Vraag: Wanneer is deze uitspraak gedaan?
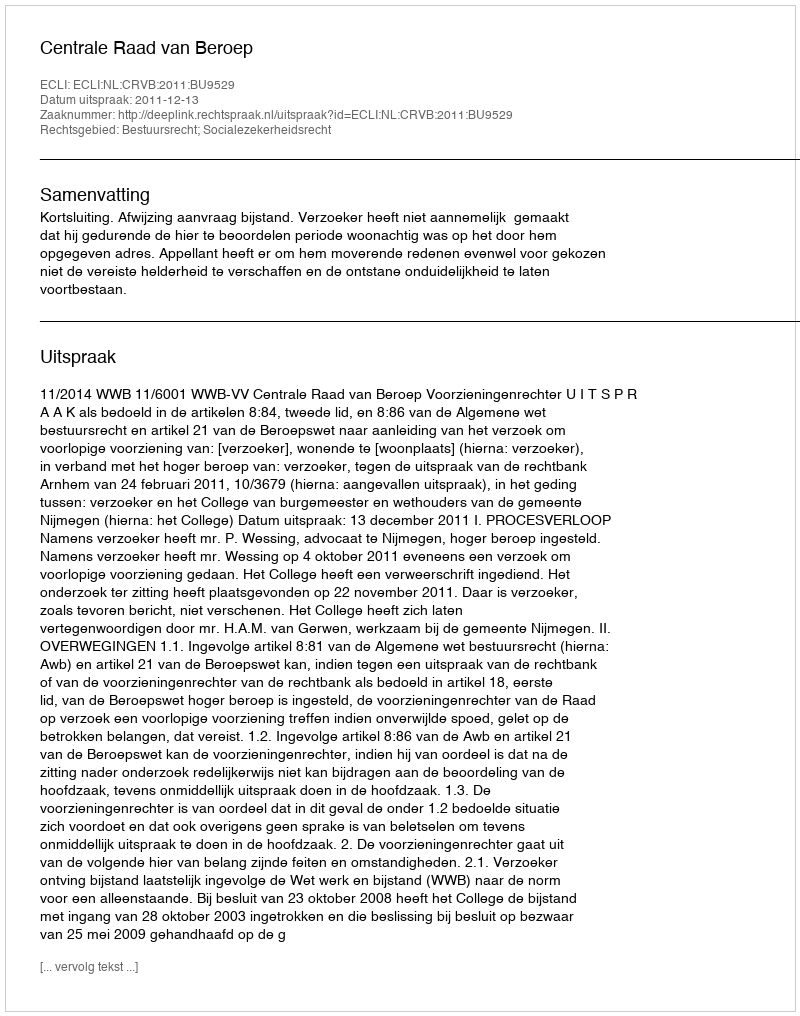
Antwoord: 2011-12-13